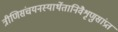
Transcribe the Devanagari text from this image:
त्रीणिसंचयनस्यार्थेतानिवैशृणुसांप्रतं